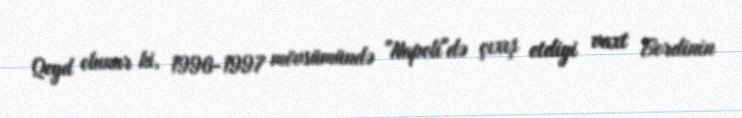
Qeyd olunur ki, 1996-1997 mövsümündə "Napoli"də çıxış etdiyi vaxt Bordinin